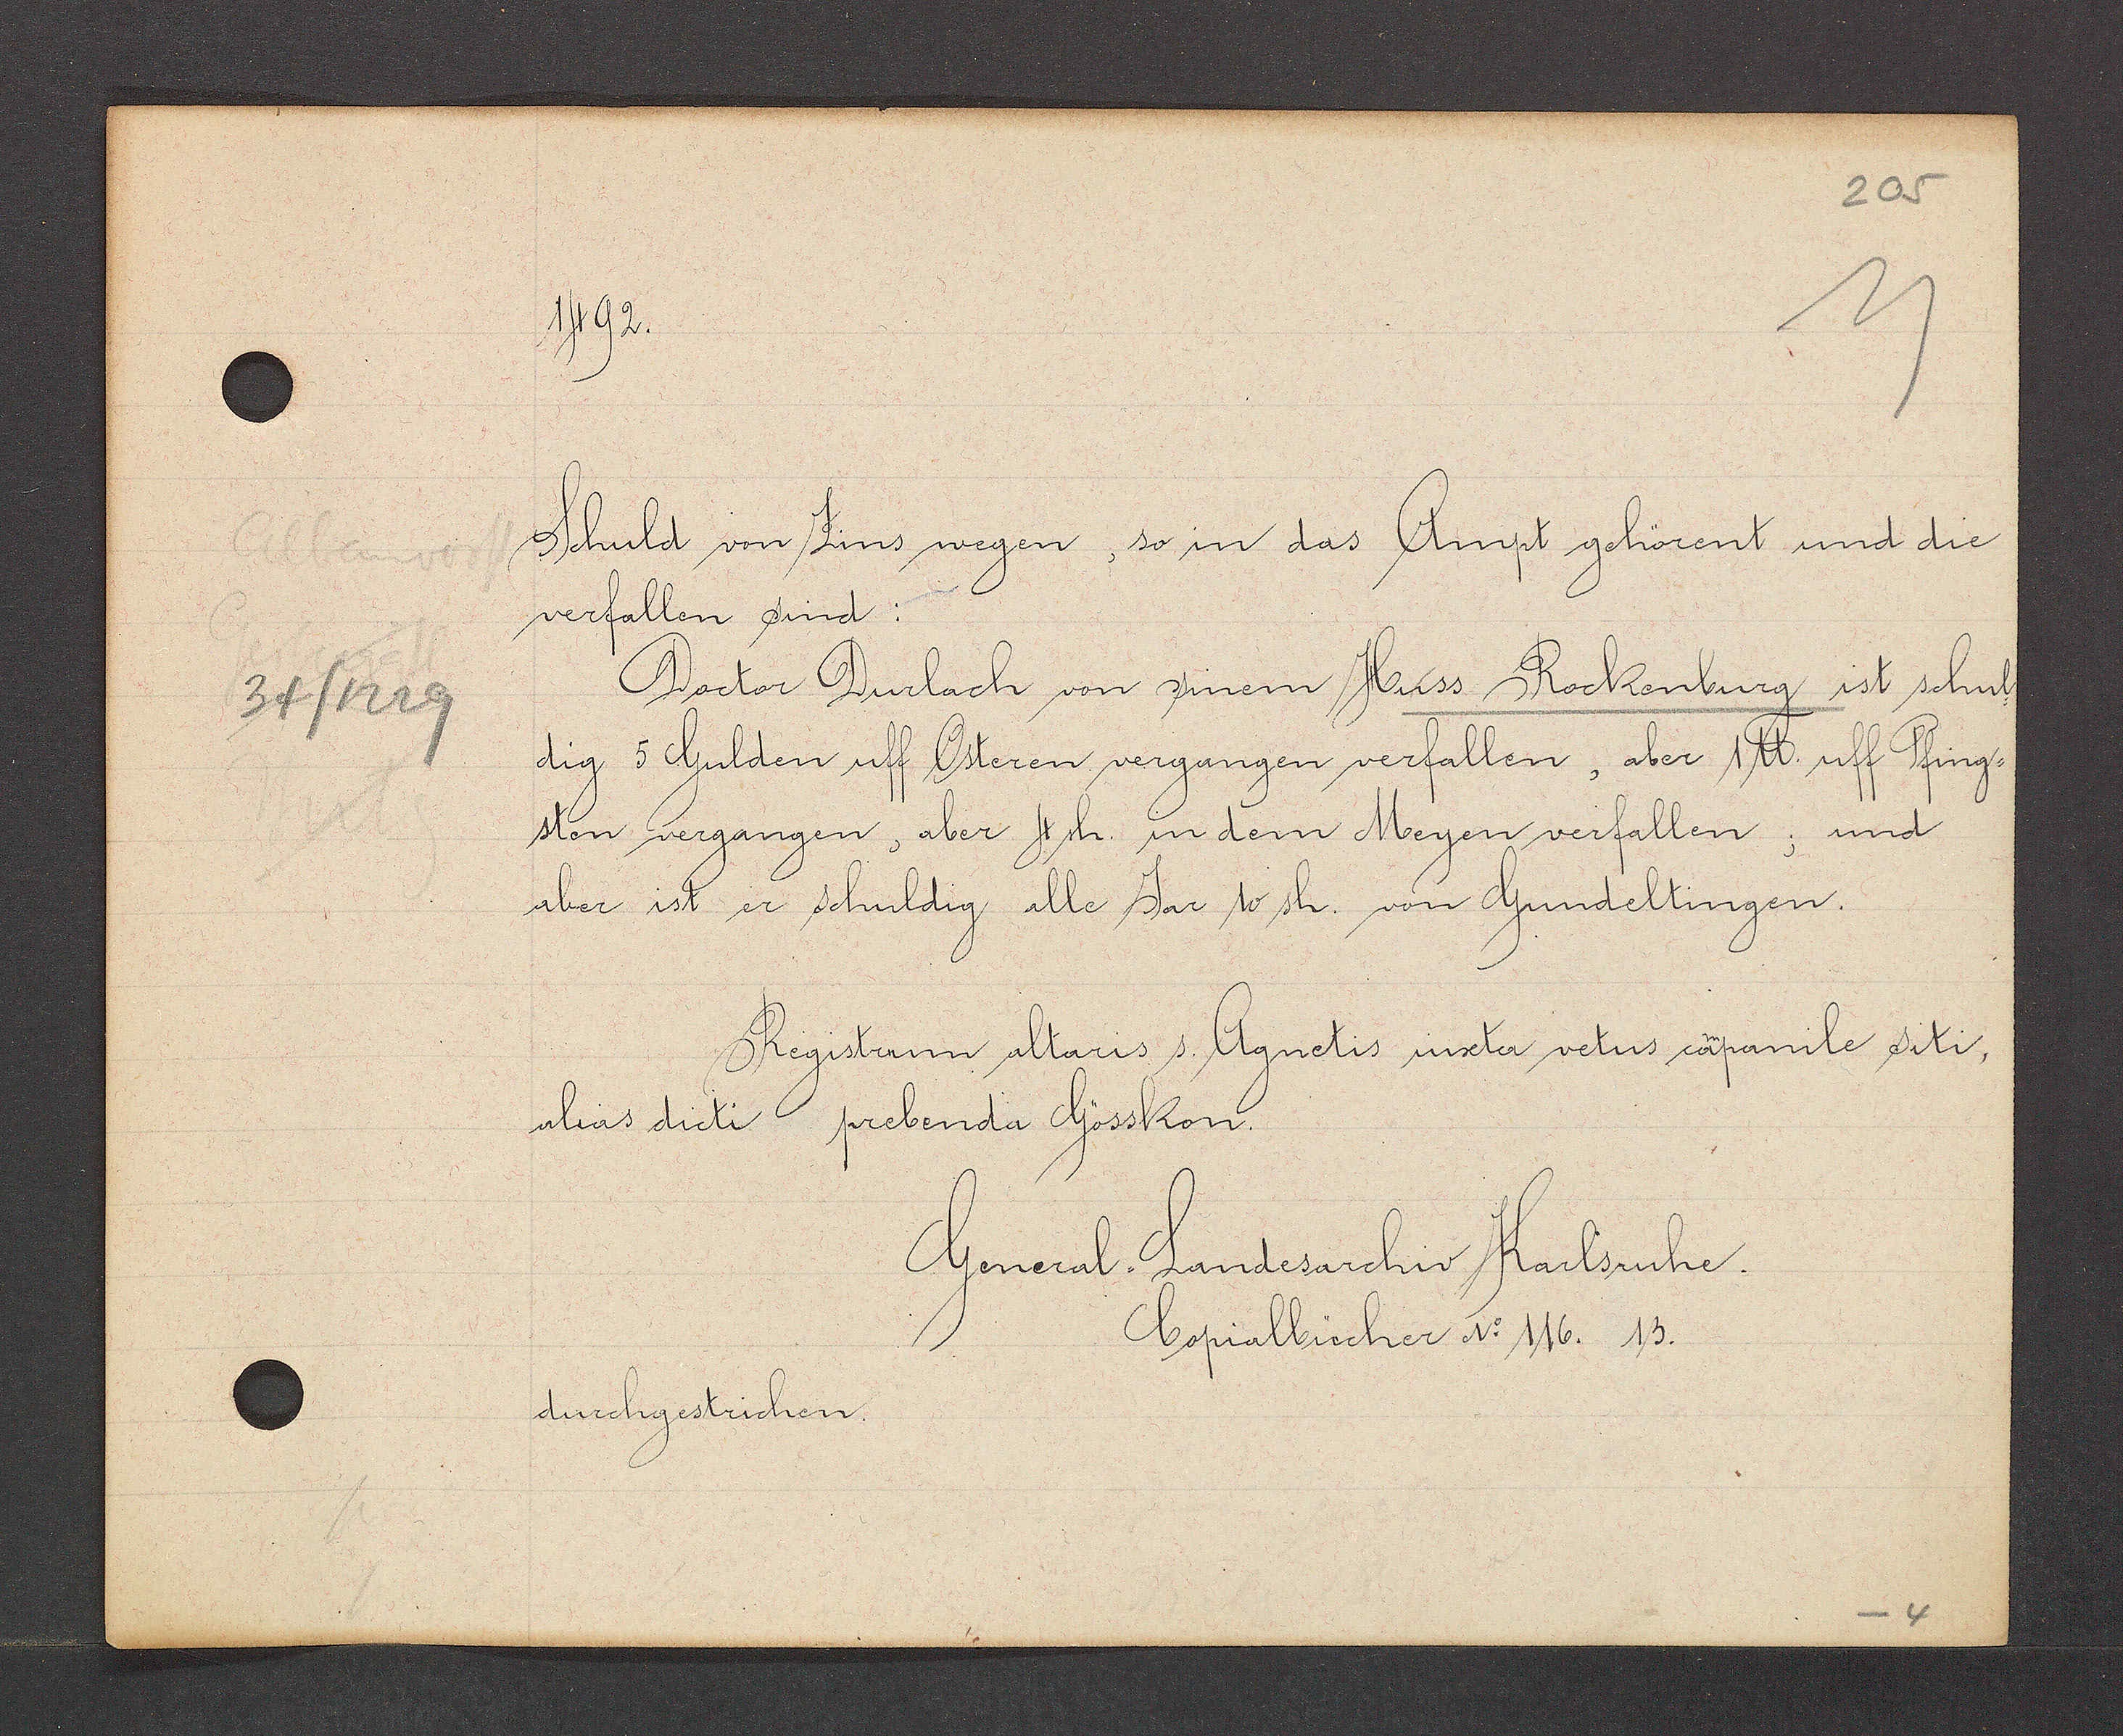
Transcript:
34/1229

1492.

Schuld von Zins wegen, so in das Ampt gehörent und die
verfallen sind:
Doctor Durlach von sinem Huss Rockenburg ist schul
dig 5 Gulden uff Osteren vergangen verfallen, aber 1 ℔. uff Pfing¬
sten vergangen, aber 4 sh. in dem Meyen verfallen; und
aber ist er schuldig alle Jar 10 sh. von Gundeltingen.
Registrum altaris s. Agnetis iuxta vetus capanile siti,
alias dicti prebenda Gösskon.

General. Landesarchiv Karlsruhe.
Copialbücher No. 116. 13.
durchgestrichen.